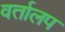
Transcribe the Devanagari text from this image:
वर्तालप